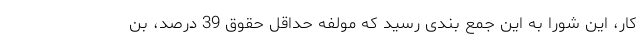
کار، این شورا به این جمع بندی رسید که مولفه حداقل حقوق 39 درصد، بُن